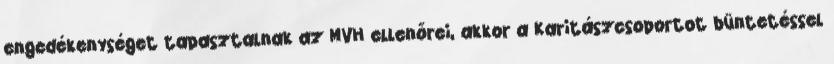
engedékenységet tapasztalnak az MVH ellenőrei, akkor a Karitászcsoportot büntetéssel